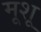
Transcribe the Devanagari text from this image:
मूशू